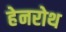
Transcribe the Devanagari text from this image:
हेनरोथ